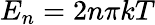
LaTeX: E_{n}=2n\pi kT